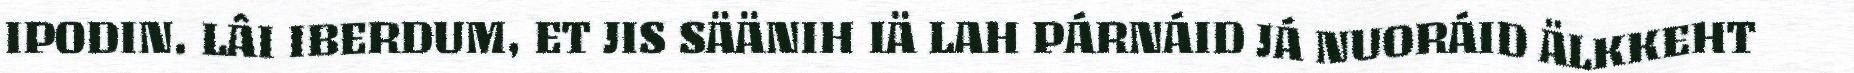
IPODIN. LÂI IBERDUM, ET JIS SÄÄNIH IÄ LAH PÁRNÁID JÁ NUORÁID ÄLKKEHT